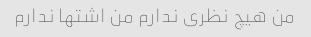
من هیچ نظری ندارم من اشتها ندارم